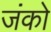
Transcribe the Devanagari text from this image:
जंको